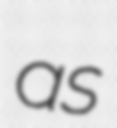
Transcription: as